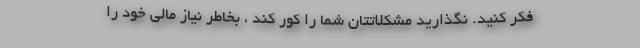
فکر کنید. نگذارید مشکلاتتان شما را کور کند ، بخاطر نیاز مالی خود را